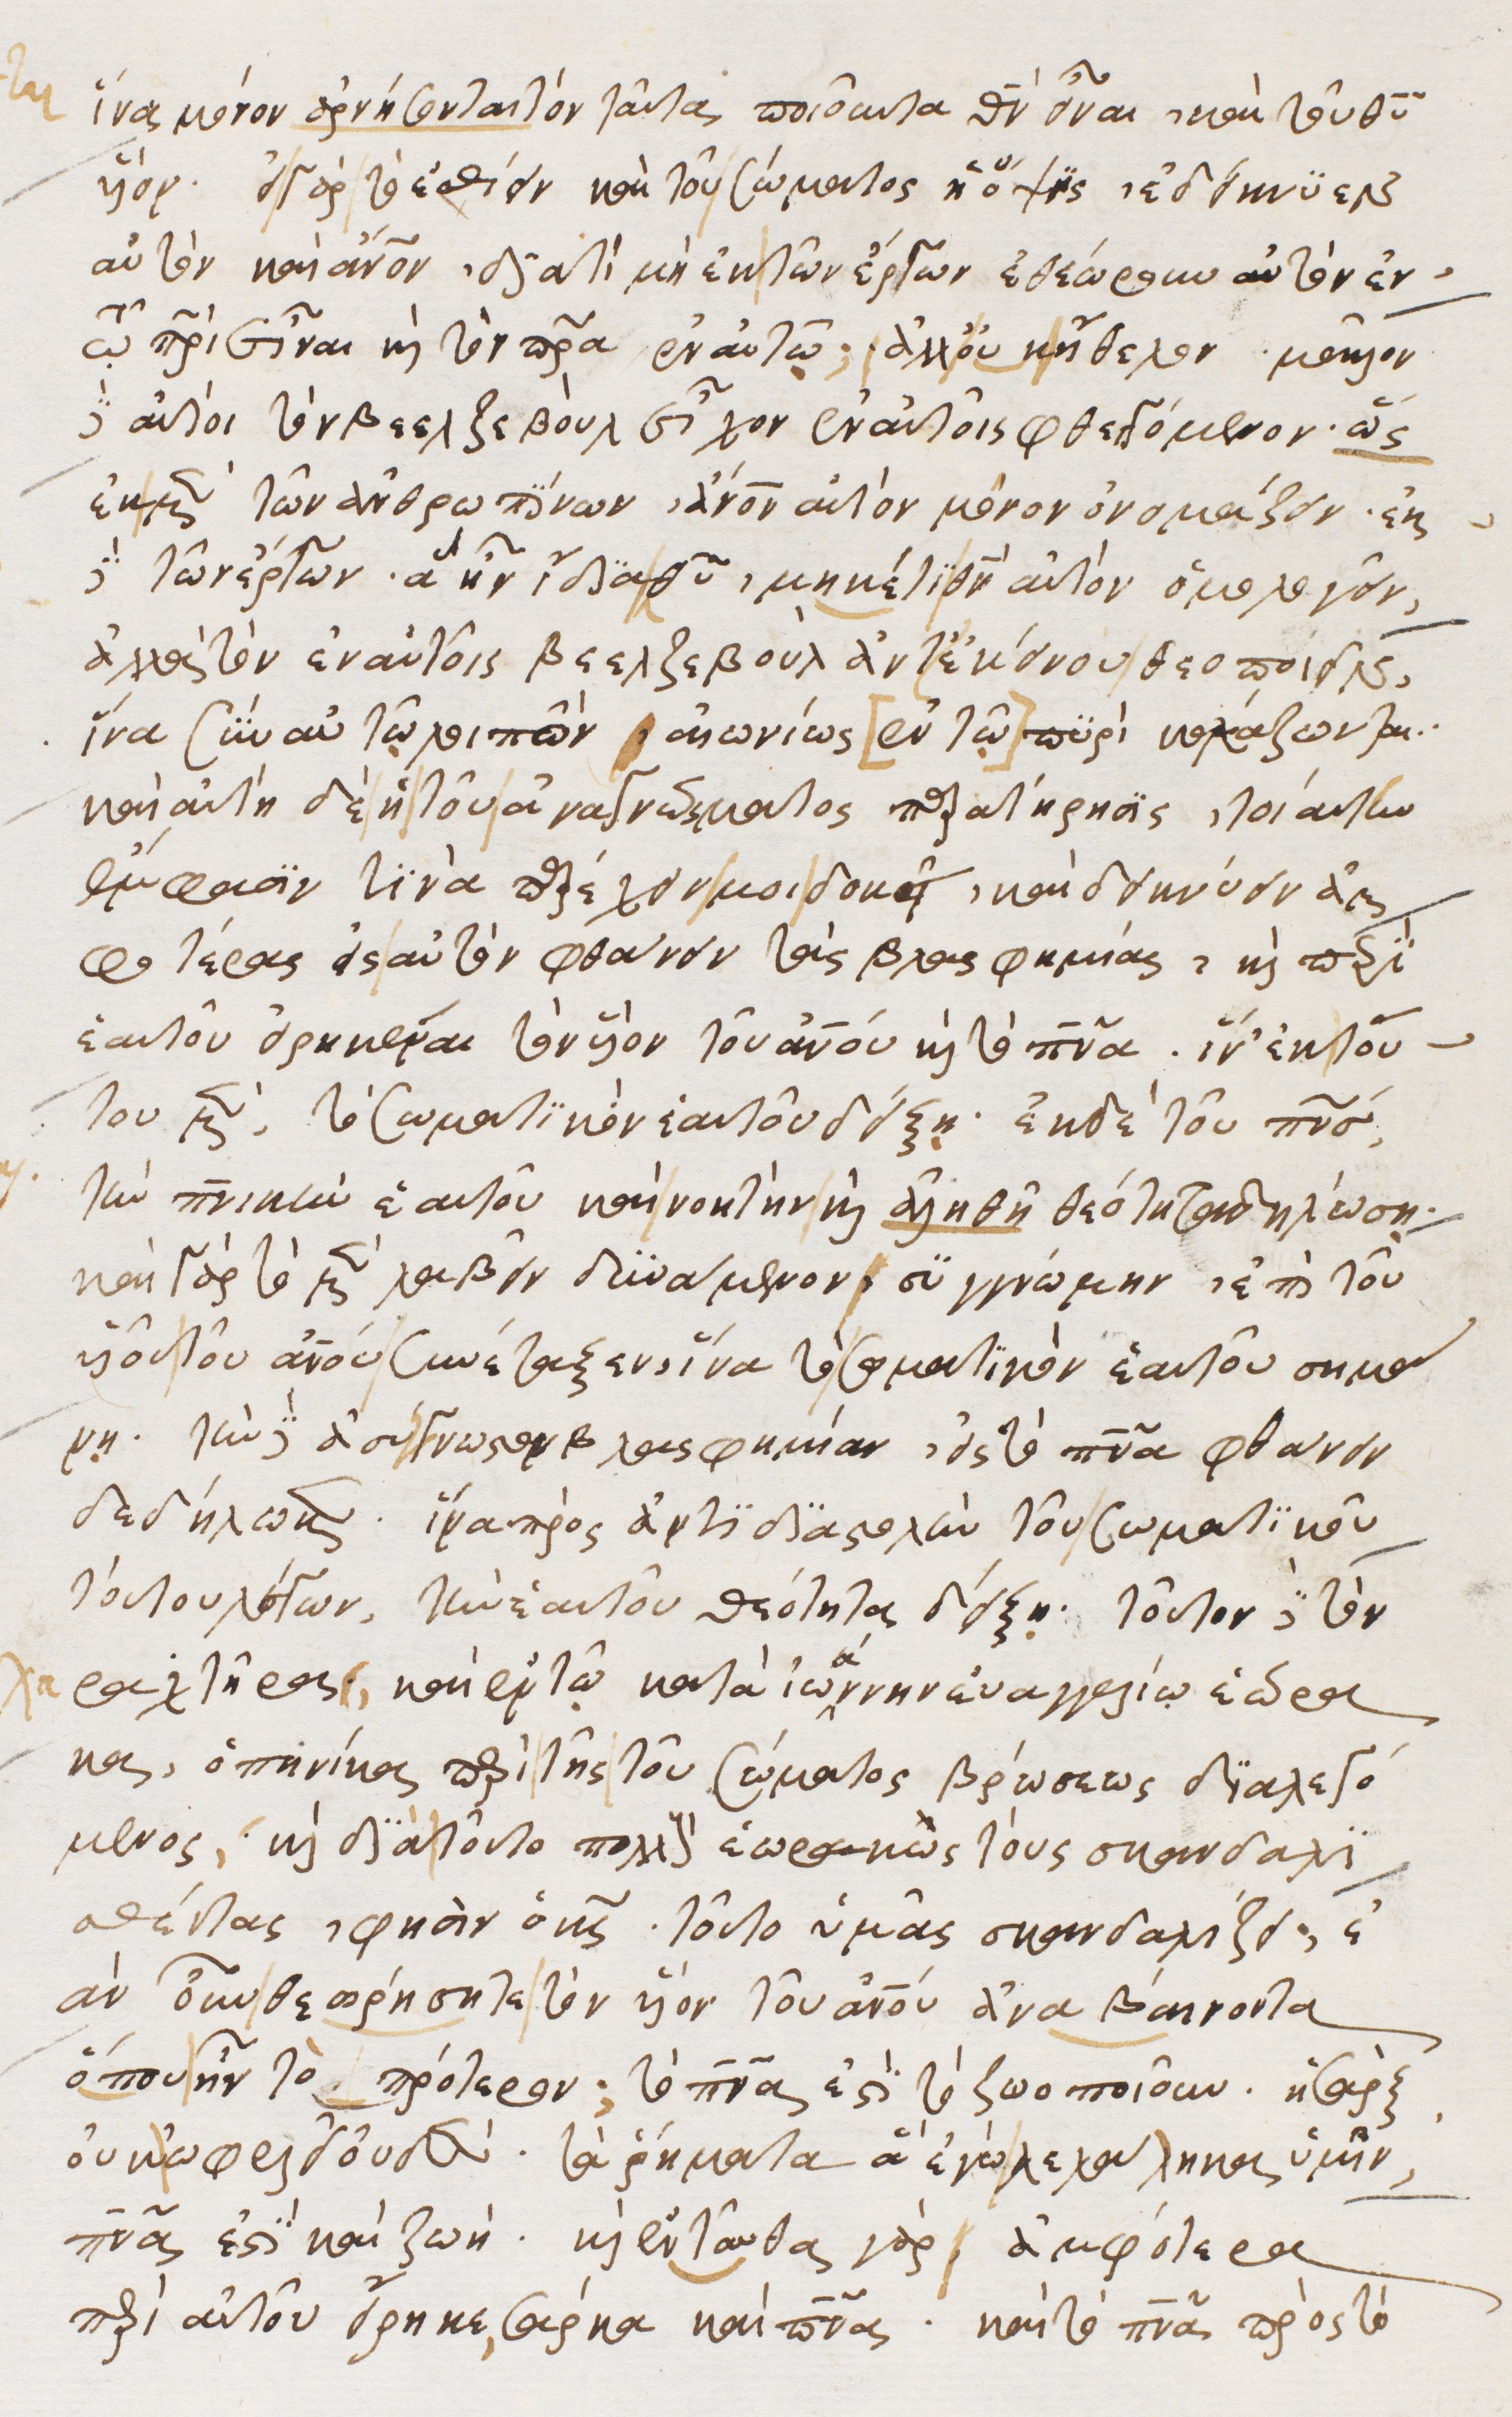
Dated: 1540–1560